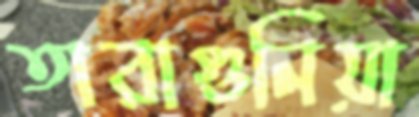
তারাগুনিয়া